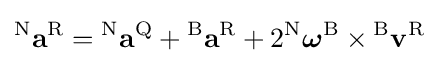
{}^{\mathrm {N} }\mathbf {a} ^{\mathrm {R} }={}^{\mathrm {N} }\mathbf {a} ^{\mathrm {Q} }+{}^{\mathrm {B} }\mathbf {a} ^{\mathrm {R} }+2{}^{\mathrm {N} }{\boldsymbol {\omega }}^{\mathrm {B} }\times {}^{\mathrm {B} }\mathbf {v} ^{\mathrm {R} }